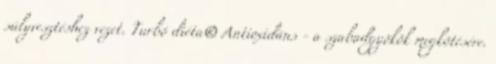
súlyvesztéshez vezet. Turbó diéta® Antioxidáns - a szabadgyökök megkötésére.